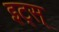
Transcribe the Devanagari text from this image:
इट्स्